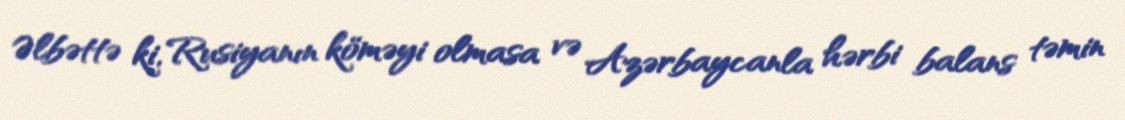
Əlbəttə ki, Rusiyanın köməyi olmasa və Azərbaycanla hərbi balans təmin